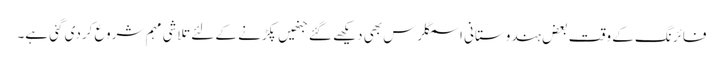
فائرنگ کے وقت بعض ہندوستانی اسمگلرس بھی دیکھے گئے جنھیں پکڑنے کے لئے تلاشی مہم شروع کردی گئی ہے۔